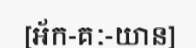
[អ័ក-គៈ-យាន]